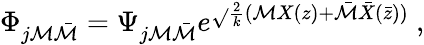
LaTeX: \Phi_{j\mathcal{M}\bar{{\mathcal{M}}}}=\Psi_{j\mathcal{M}\bar{{\mathcal{M}}}}e^{\sqrt{}{{\frac{{2}}{{k}}}}(\mathcal{M}X(z)+\bar{{\mathcal{M}}}\bar{{X}}(\bar{{z}}))}~,